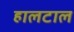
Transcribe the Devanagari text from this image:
हालटाल